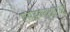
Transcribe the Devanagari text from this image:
एसडब्ल्यूआरओ